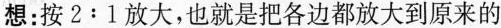
想：按2:1放大，也就是把各边都放大到原来的